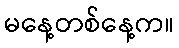
မနေ့တစ်နေ့က။